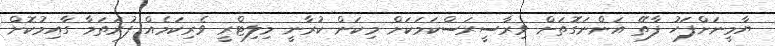
ޔާމީނަށްފަހު ފާތޭ އަންނަގޮތަށް ވިރާސީރަސްކަމަކަށް މިކަން ކުރާނީ މިލިޓްރީ ވެރިކަމެއް ފުރަތަމާ ގާއިމުކޮށް